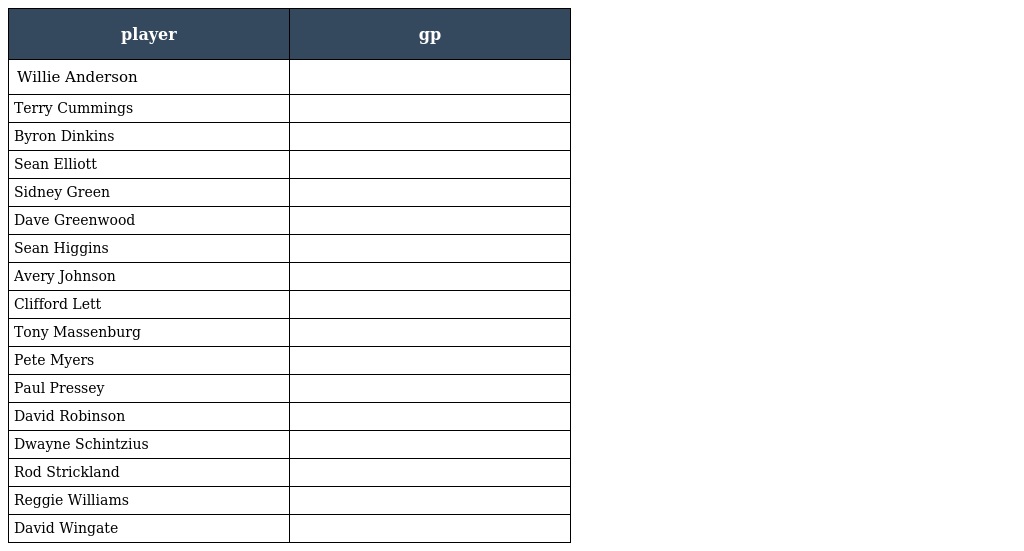
| player | gp |
 | --- | --- |
 | Willie Anderson |  |
 | Terry Cummings |  |
 | Byron Dinkins |  |
 | Sean Elliott |  |
 | Sidney Green |  |
 | Dave Greenwood |  |
 | Sean Higgins |  |
 | Avery Johnson |  |
 | Clifford Lett |  |
 | Tony Massenburg |  |
 | Pete Myers |  |
 | Paul Pressey |  |
 | David Robinson |  |
 | Dwayne Schintzius |  |
 | Rod Strickland |  |
 | Reggie Williams |  |
 | David Wingate |  |